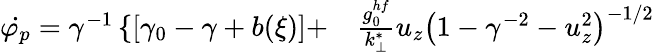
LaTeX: \begin{array}{rl}{\dot{\varphi_{p}}=\gamma^{-1}\left\{ \left[\gamma_{0}-\gamma+b(\xi)\right]+\right.}&{{}\frac{g_{0}^{hf}}{k_{\perp}^{*}}u_{z}\left(1-\gamma^{-2}-u_{z}^{2}\right)^{-1/2}}\end{array}